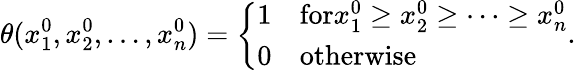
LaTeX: \theta(x_{1}^{0},x_{2}^{0},\ldots,x_{n}^{0})=\left\{ \begin{array}{ll}{{1}}&{{\textrm{for}x_{1}^{0}\ge x_{2}^{0}\ge\cdots\ge x_{n}^{0}}}\\ {{0}}&{{\textrm{otherwise}}}\end{array}\right..